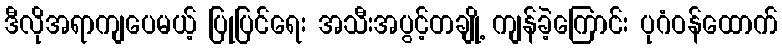
ဒီလိုအရာကျပေမယ့် ပြုပြင်ရေး အသီးအပွင့်တချို့ ကျန်ခဲ့ကြောင်း ပုဂံဝန်ထောက်